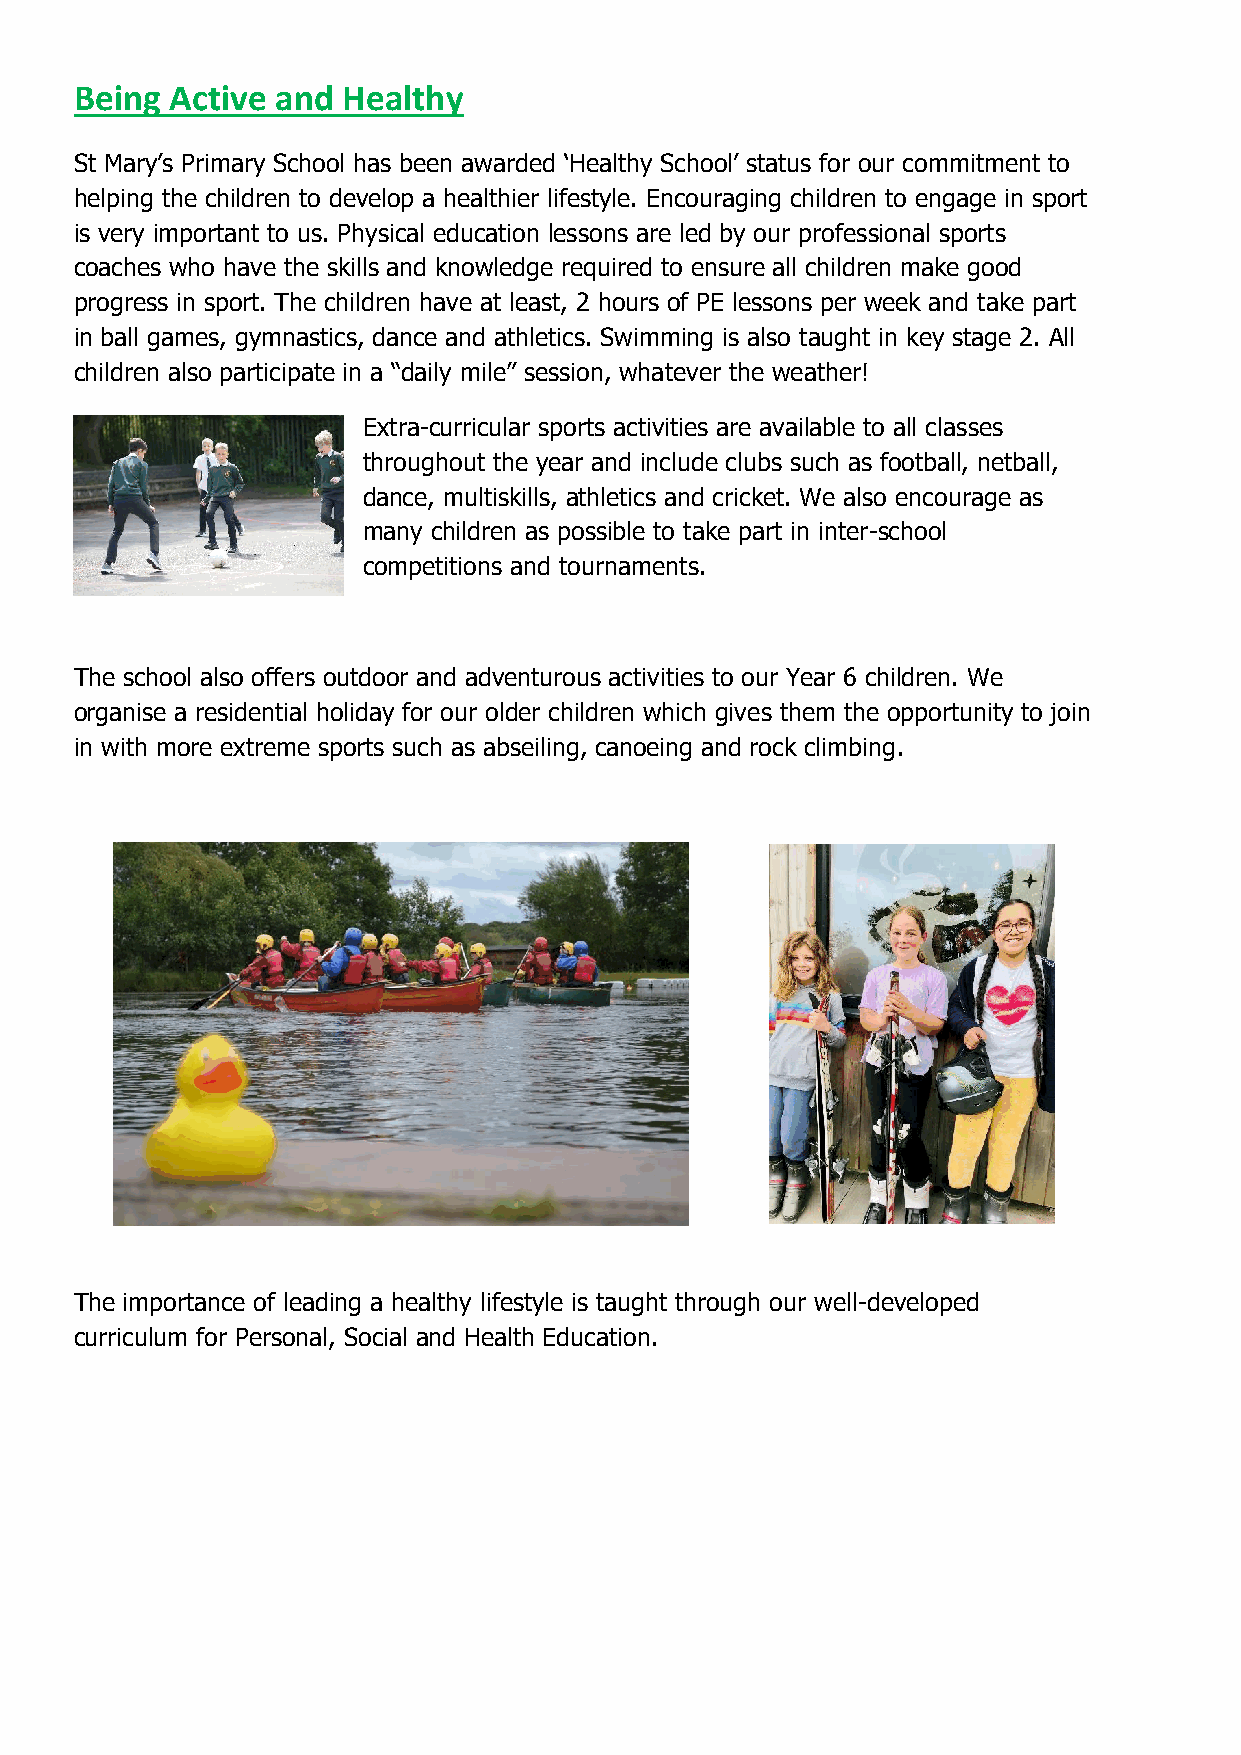
Being Active and  Healthy
 St Mary’s Primary School has been awarded ‘Healthy School’ status for our commitment to
 helping the children to develop a healthier lifestyle. Encouraging children to engage in sport
 is very important to us. Physical education lessons are led by our professional sports
 coaches who have the skills and knowledge required to ensure all children make good
 progress in sport. The children have at least, 2 hours of PE lessons per week and take part
 in ball games, gymnastics, dance and athletics. Swimming is also taught in key stage 2. All
 children also participate in a “daily mile” session, whatever the weather!
 Extra-curricular sports activities are available to all classes
 throughout the year and include clubs such as football, netball,
 dance, multiskills, athletics and cricket. We also encourage as
 many children as possible to take part in inter-school
 competitions and tournaments.
 The school also offers outdoor and adventurous activities to our Year 6 children. We
 organise a residential holiday for our older children which gives them the opportunity to join
 in with more extreme sports such as abseiling, canoeing and rock climbing.
 The importance of leading a healthy lifestyle is taught through our well-developed
 curriculum for Personal, Social and Health Education.